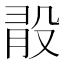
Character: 𣪏